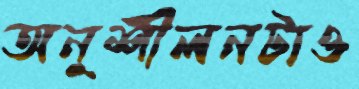
অনুশীলনটাও